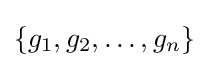
\{g_{1},g_{2},\ldots ,g_{n}\}